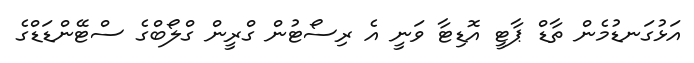
އަޅުގަނޑުމެން ތާޑް ޕާޓީ އޮޑިޓާ ވަނީ އެ ރިސޯޓުން ގްރީން ގްލޯބްގެ ސްޓޭންޑަޑްގެ